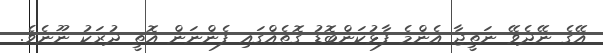
އޭގެ ނޭދެވޭ ނަތީޖާ އެންމެ ފާޅުކަންބޮޑު ގޮތެއްގައި ފެންނަން އޮތީ ދުރަކު ނޫނެވެ.